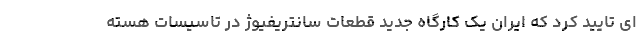
ای تایید کرد که ایران یک کارگاه جدید قطعات سانتریفیوژ در تاسیسات هسته